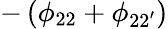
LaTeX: -\left(\phi_{22}+\phi_{22^{\prime}}\right)